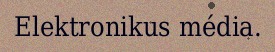
Elektronikus média.